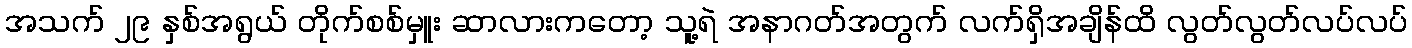
အသက် ၂၉ နှစ်အရွယ် တိုက်စစ်မှူး ဆာလားကတော့ သူ့ရဲ အနာဂတ်အတွက် လက်ရှိအချိန်ထိ လွတ်လွတ်လပ်လပ်